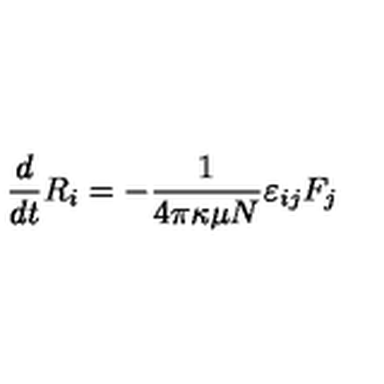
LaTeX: { \frac { d } { d t } } R _ { i } = - { \frac { 1 } { 4 \pi \kappa \mu N } } \varepsilon _ { i j } F _ { j }